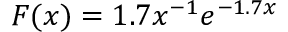
F ( x ) = 1 . 7 x ^ { - 1 } e ^ { - 1 . 7 x }